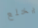
يخلع